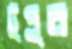
টুপুর